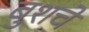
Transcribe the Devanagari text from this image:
बुशचे